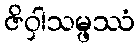
ဇိဝှါသမ္ဖဿံ